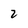
Character: 2